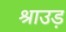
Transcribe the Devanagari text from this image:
श्राउड़